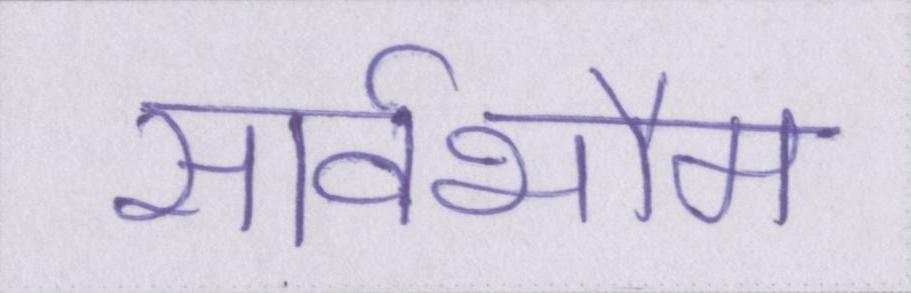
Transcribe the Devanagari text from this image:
सार्वभौम